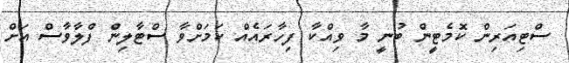
ސްޓިއަރިން ކޮމެޓީން ބުނީ މާ ވިއްކާ ފިހާރައެއް ކަމަށްވާ ސްޓާލިން ފްލާވާސް އަށް